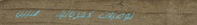
توصيلات كهربائية   فنيين